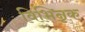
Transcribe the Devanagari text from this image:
विभिन्नक